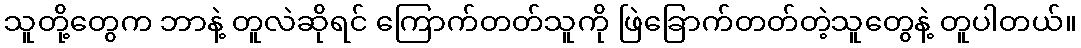
သူတို့တွေက ဘာနဲ့ တူလဲဆိုရင် ကြောက်တတ်သူကို ဖြဲခြောက်တတ်တဲ့သူတွေနဲ့ တူပါတယ်။